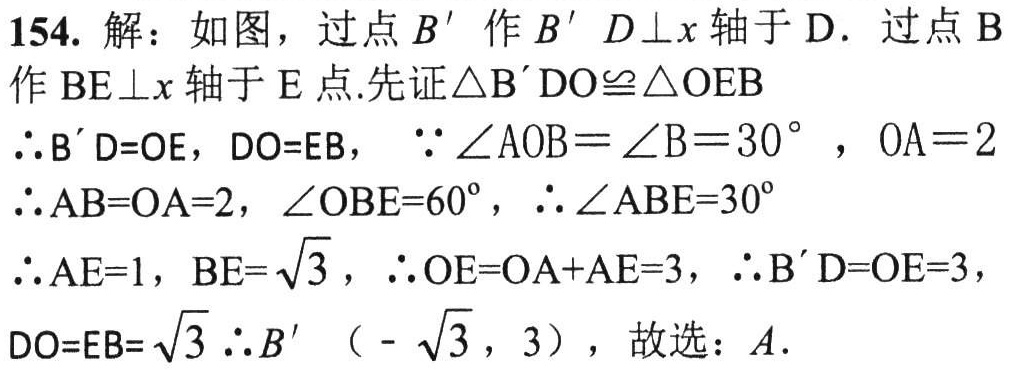
154. 解：如图，过点\(B'\)作\(B'D\perp x\)轴于\(D\). 过点\(B\)作\(BE\perp x\)轴于\(E\)点.先证\(\triangle B'DO\cong\triangle OEB\)
\(\therefore B'D = OE\)，\(DO = EB\)，\(\because\angle AOB=\angle B = 30^{\circ}\)，\(OA = 2\)
\(\therefore AB = OA = 2\)，\(\angle OBE = 60^{\circ}\)，\(\therefore\angle ABE = 30^{\circ}\)
\(\therefore AE = 1\)，\(BE=\sqrt{3}\)，\(\therefore OE = OA + AE = 3\)，\(\therefore B'D = OE = 3\)，
\(DO = EB=\sqrt{3}\)\(\therefore B'(-\sqrt{3},3)\)，故选：\(A\).